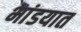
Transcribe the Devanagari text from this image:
भांडयात